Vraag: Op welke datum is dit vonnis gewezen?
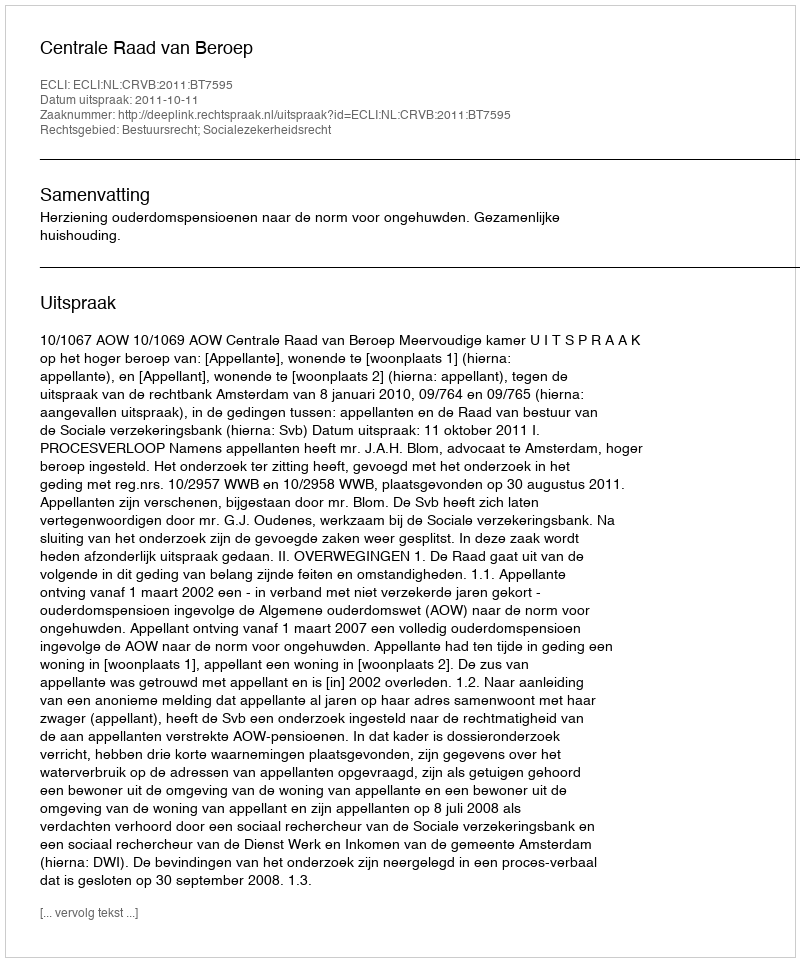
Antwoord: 2011-10-11